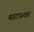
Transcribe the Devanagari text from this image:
मादसवार